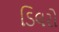
ડિલરો